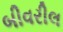
બીવરીલ